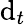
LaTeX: \mathrm{d}_{t}